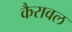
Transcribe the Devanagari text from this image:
कैरावल